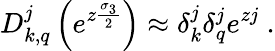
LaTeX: D_{k,q}^{j}\left(e^{z\frac{\sigma_{3}}{2}}\right)\approx\delta_{k}^{j}\delta_{q}^{j}e^{zj}\ .